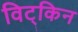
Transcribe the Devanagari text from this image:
विट्किन